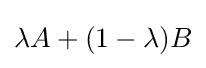
\lambda A+(1-\lambda )B